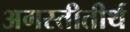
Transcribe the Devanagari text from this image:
अगस्तीतीर्थ